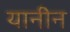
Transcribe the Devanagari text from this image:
यानीन